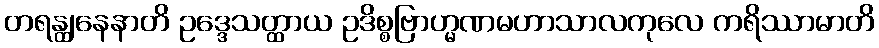
တရန္တျနေနာတိ ဥဒ္ဒေသတ္ထာယ ဥဒိစ္စဗြာဟ္မဏမဟာသာလကုလေ ကရိဿာမာတိ